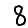
Digit: 8